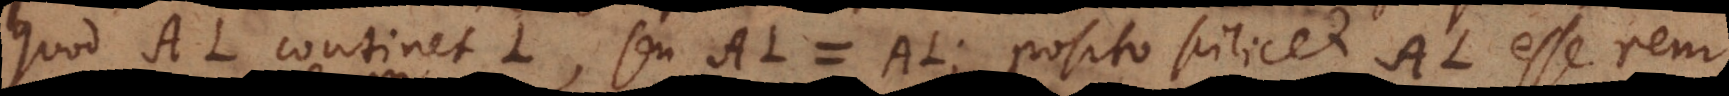
quod AL continet L, seu AL = AL; posito scilicet AL esse rem